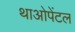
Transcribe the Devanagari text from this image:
थाओपेंटल